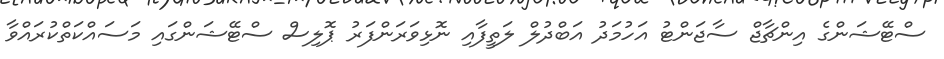
ސްޓޭޝަންގެ އިންޗާޖް ސާޖަންޓު އަހުމަދު އަބްދުލް ލަތީފާއި ނޮޅިވަރަންފަރު ޕޮލިސް ސްޓޭޝަންގައި މަސައްކަތްކުރައްވާ